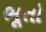
ભૂતો